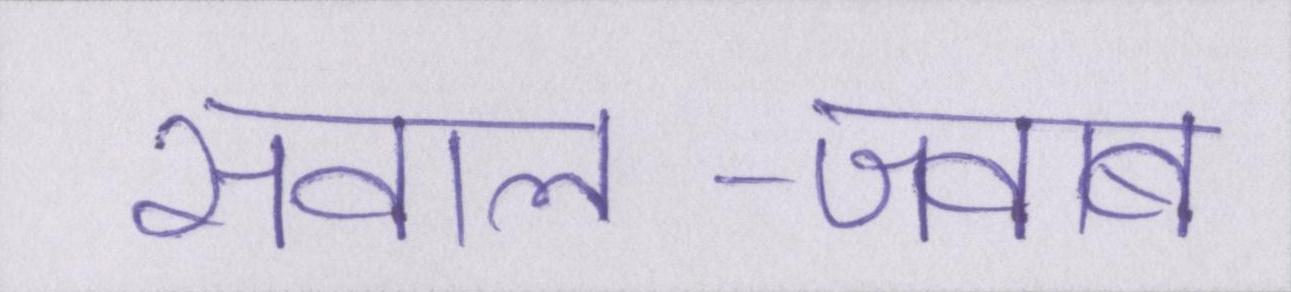
सवाल-जवाब